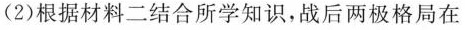
(2)根据材料二结合所学知识，战后两极格局在